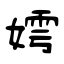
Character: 嫮